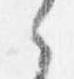
之